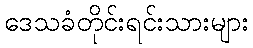
ဒေသခံတိုင်းရင်းသားများ